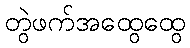
တွဲဖက်အထွေထွေ